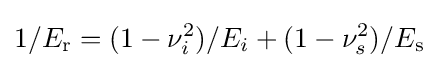
1/E_{\text{r}}=(1-\nu _{i}^{2})/E_{i}+(1-\nu _{s}^{2})/E_{\text{s}}